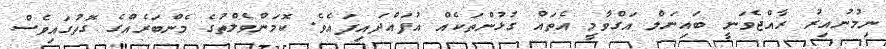
ނިމުނުއިރު ރާއްޖެވަނީ ބައިނަލް އަގްވާމީ އެތައް ގުޅުންތަކެއް އުފައްދައިފައެވެ. ކޮމަންވެލްތުގެ މެންބަރެއްގެ ގޮތުގައިވެސް